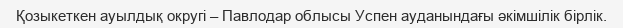
Қозыкеткен ауылдық округі – Павлодар облысы Успен ауданындағы әкімшілік бірлік.